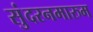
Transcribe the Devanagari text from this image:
सुंदरनमारुम